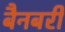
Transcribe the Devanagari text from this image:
बैनबरी